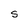
Character: S